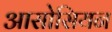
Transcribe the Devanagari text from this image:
आसोसियन